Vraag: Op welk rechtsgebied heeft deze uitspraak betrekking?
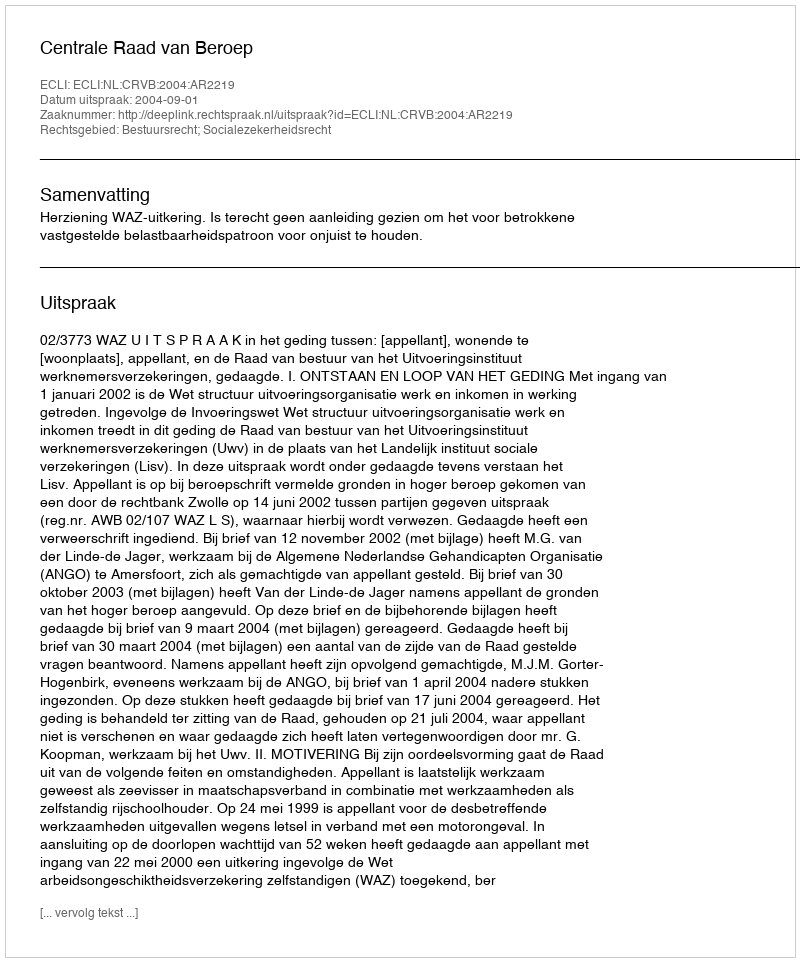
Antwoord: Bestuursrecht; Socialezekerheidsrecht